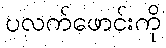
ပလက်ဖောင်းကို